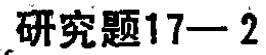
研究题17—2